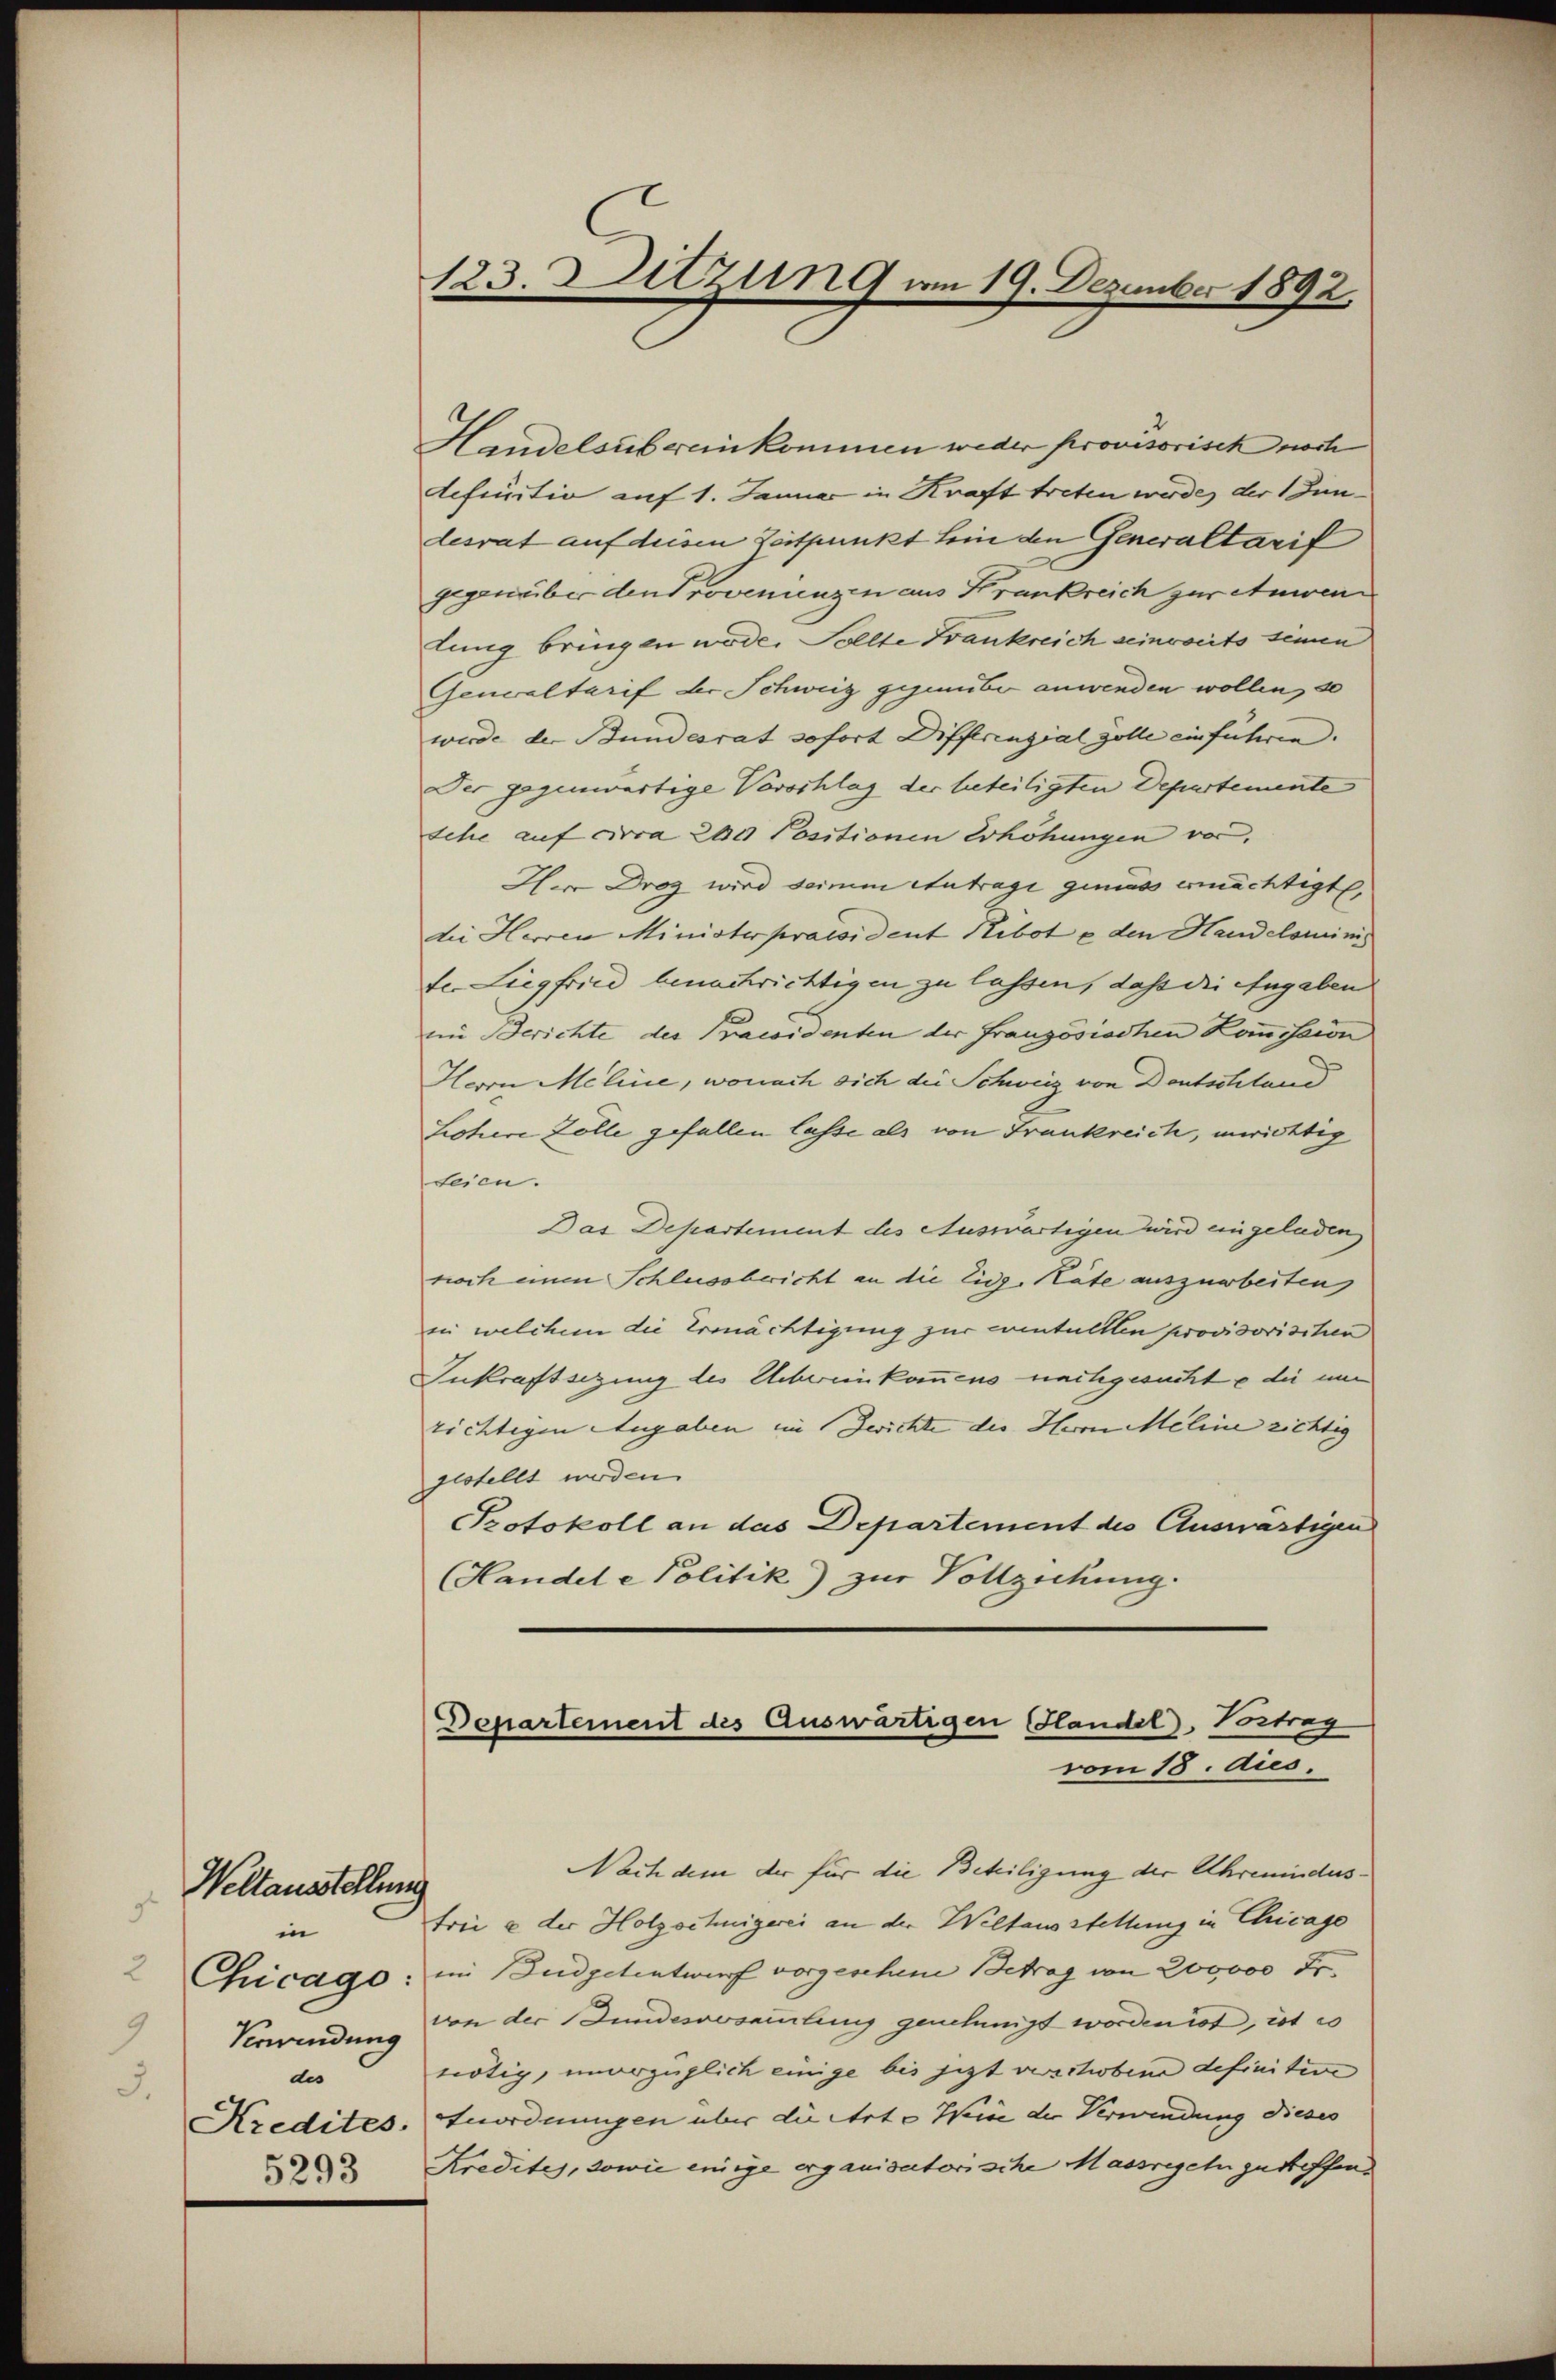
Weltausstellung
d
in
9
des
.

123. Sitzung am 19. Dezember 1892.

Handelsübereinkommen weder provisorisch noch
definitio auf 1. Januar in Kraft treten werde, der 1 Jundesrat auf diesen Zeitpunkt hin den Generaltarif
gegenüber den Provenienzen aus Frankreich zur Anwenlung bringen wode. Sollte Frankreich seinreits seine
Generaltarif der Schweiz gegenüber anwenden wollen, so
wurde der Bundesrat sofort Differenzial Zolle einführen.
Der gegenwärtige Vorschlag der beteiligten Departemente
sche auf circa 200 Positionen Erhöhungen vor,
He Drog wird seinem Antrage gemäss ermächtigt,
die Herren Minister praesident Kibot u den Handelsminis
ter Liegfried benachrichtigen zu lassen, daß die Angaben
ein Berichte der Praesidenten der Französischen Kommission
Herrn Meline, wonach sich die Schweiz von Deutschland
Lohere Zölle gefallen lasse als von Frankreich, merichtig
teien.
Das Departement des Auswärtigen wird eingeladen
noch einen Schlussbericht an die Eidg. Räte auszuarbeiten
in welchem die Ermächtigung zur contultten provisorischen
Inkraftsizung des Uebereinkommens nachgesuchte die um
richtigen Angaben im Berichte die Herrn Meline richtig
gestellt werden.
Protokoll an das Departement des Auswärtigen
(Handel e Politik) zur Vollziehung.

Departement des Auswärtigen (Handel. Vortrag
vom 18. dies.

Nach dem der für die Beteiligung der Ahrmindes.
trie & der Holzochnigerei an der Weltausstellung in Chicage
Chicago: in Budgetentwurf vorgeschen Betrag von 200000 Fr.
Verandung von der Bundesversammlung genehmigt worden ist, ist es
tötig, unverzüglich einige bis jezt verschobene definitive
Kredites. Anordnungen über die Art. Weise der Verwendung dieses
3 Kredites, sowie einige erganisatorische Massregeln getroffen.